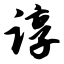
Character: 谆